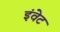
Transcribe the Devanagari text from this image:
इंवेट